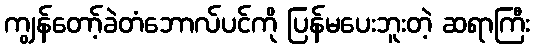
ကျွန်တော့်ခဲတံဘောလ်ပင်ကို ပြန်မပေးဘူးတဲ့ ဆရာကြီး